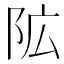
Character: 𮤾